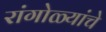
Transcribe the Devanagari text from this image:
रांगोळ्यांचे